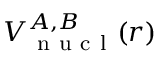
V _ { \mathrm { ~ n ~ u ~ c ~ l ~ } } ^ { A , B } ( r )